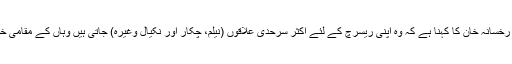
علاج کی سہولت سے محرومی پر مظفرآباد یونیورسٹی کی پروفیسر رخسانہ خان کا کہنا ہے کہ وہ اپنی ریسرچ کے لئے اکثر سرحدی علاقوں (نیلم، چکار اور نکیال وغیرہ) جاتی ہیں وہاں کے مقامی خواتین سے گفتگو میں علاج کی سہولیات کا فقدان سرفہرست رہتا ہے۔